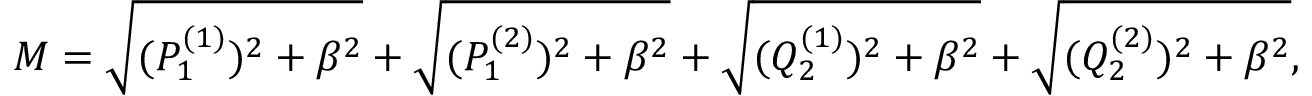
M = \sqrt { ( P _ { 1 } ^ { ( 1 ) } ) ^ { 2 } + \beta ^ { 2 } } + \sqrt { ( P _ { 1 } ^ { ( 2 ) } ) ^ { 2 } + \beta ^ { 2 } } + \sqrt { ( Q _ { 2 } ^ { ( 1 ) } ) ^ { 2 } + \beta ^ { 2 } } + \sqrt { ( Q _ { 2 } ^ { ( 2 ) } ) ^ { 2 } + \beta ^ { 2 } } ,